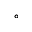
^ \circ